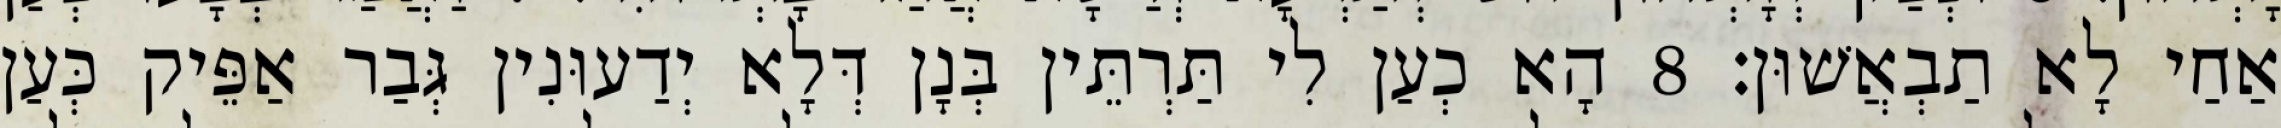
אַחַי לָא תַבְאֲשׁוּן׃ 8 הָא כְעַן לִי תַּרְתֵּין בְּנָן דְּלָא יְדַעוּנִין גְּבַר אַפֵּיק כְּעַן